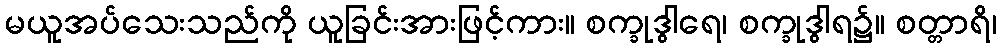
မယူအပ်သေးသည်ကို ယူခြင်းအားဖြင့်ကား။ စက္ခုဒွါရေ၊ စက္ခုဒွါရ၌။ စတ္တာရိ၊